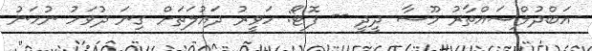
އަބްދުލްސައްތާރު މޫސާ ދީދީ -- ފޮޓޯ: ހަވީރު ދައުލަތަށް ގިނަ ދުވަހު ނުހަނު